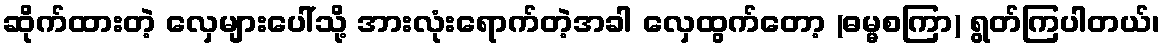
ဆိုက်ထားတဲ့ လှေများပေါ်သို့ အားလုံးရောက်တဲ့အခါ လှေထွက်တော့ (ဓမ္မစကြာ) ရွတ်ကြပါတယ်၊